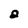
Character: 2